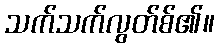
သက်သက်လွတ်စ်၏။